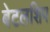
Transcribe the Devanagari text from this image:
बेटलशिप